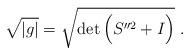
LaTeX: \begin{align*}\sqrt{|g|}=\sqrt{\det \Big(S''^2+I\Big)} \ .\end{align*}